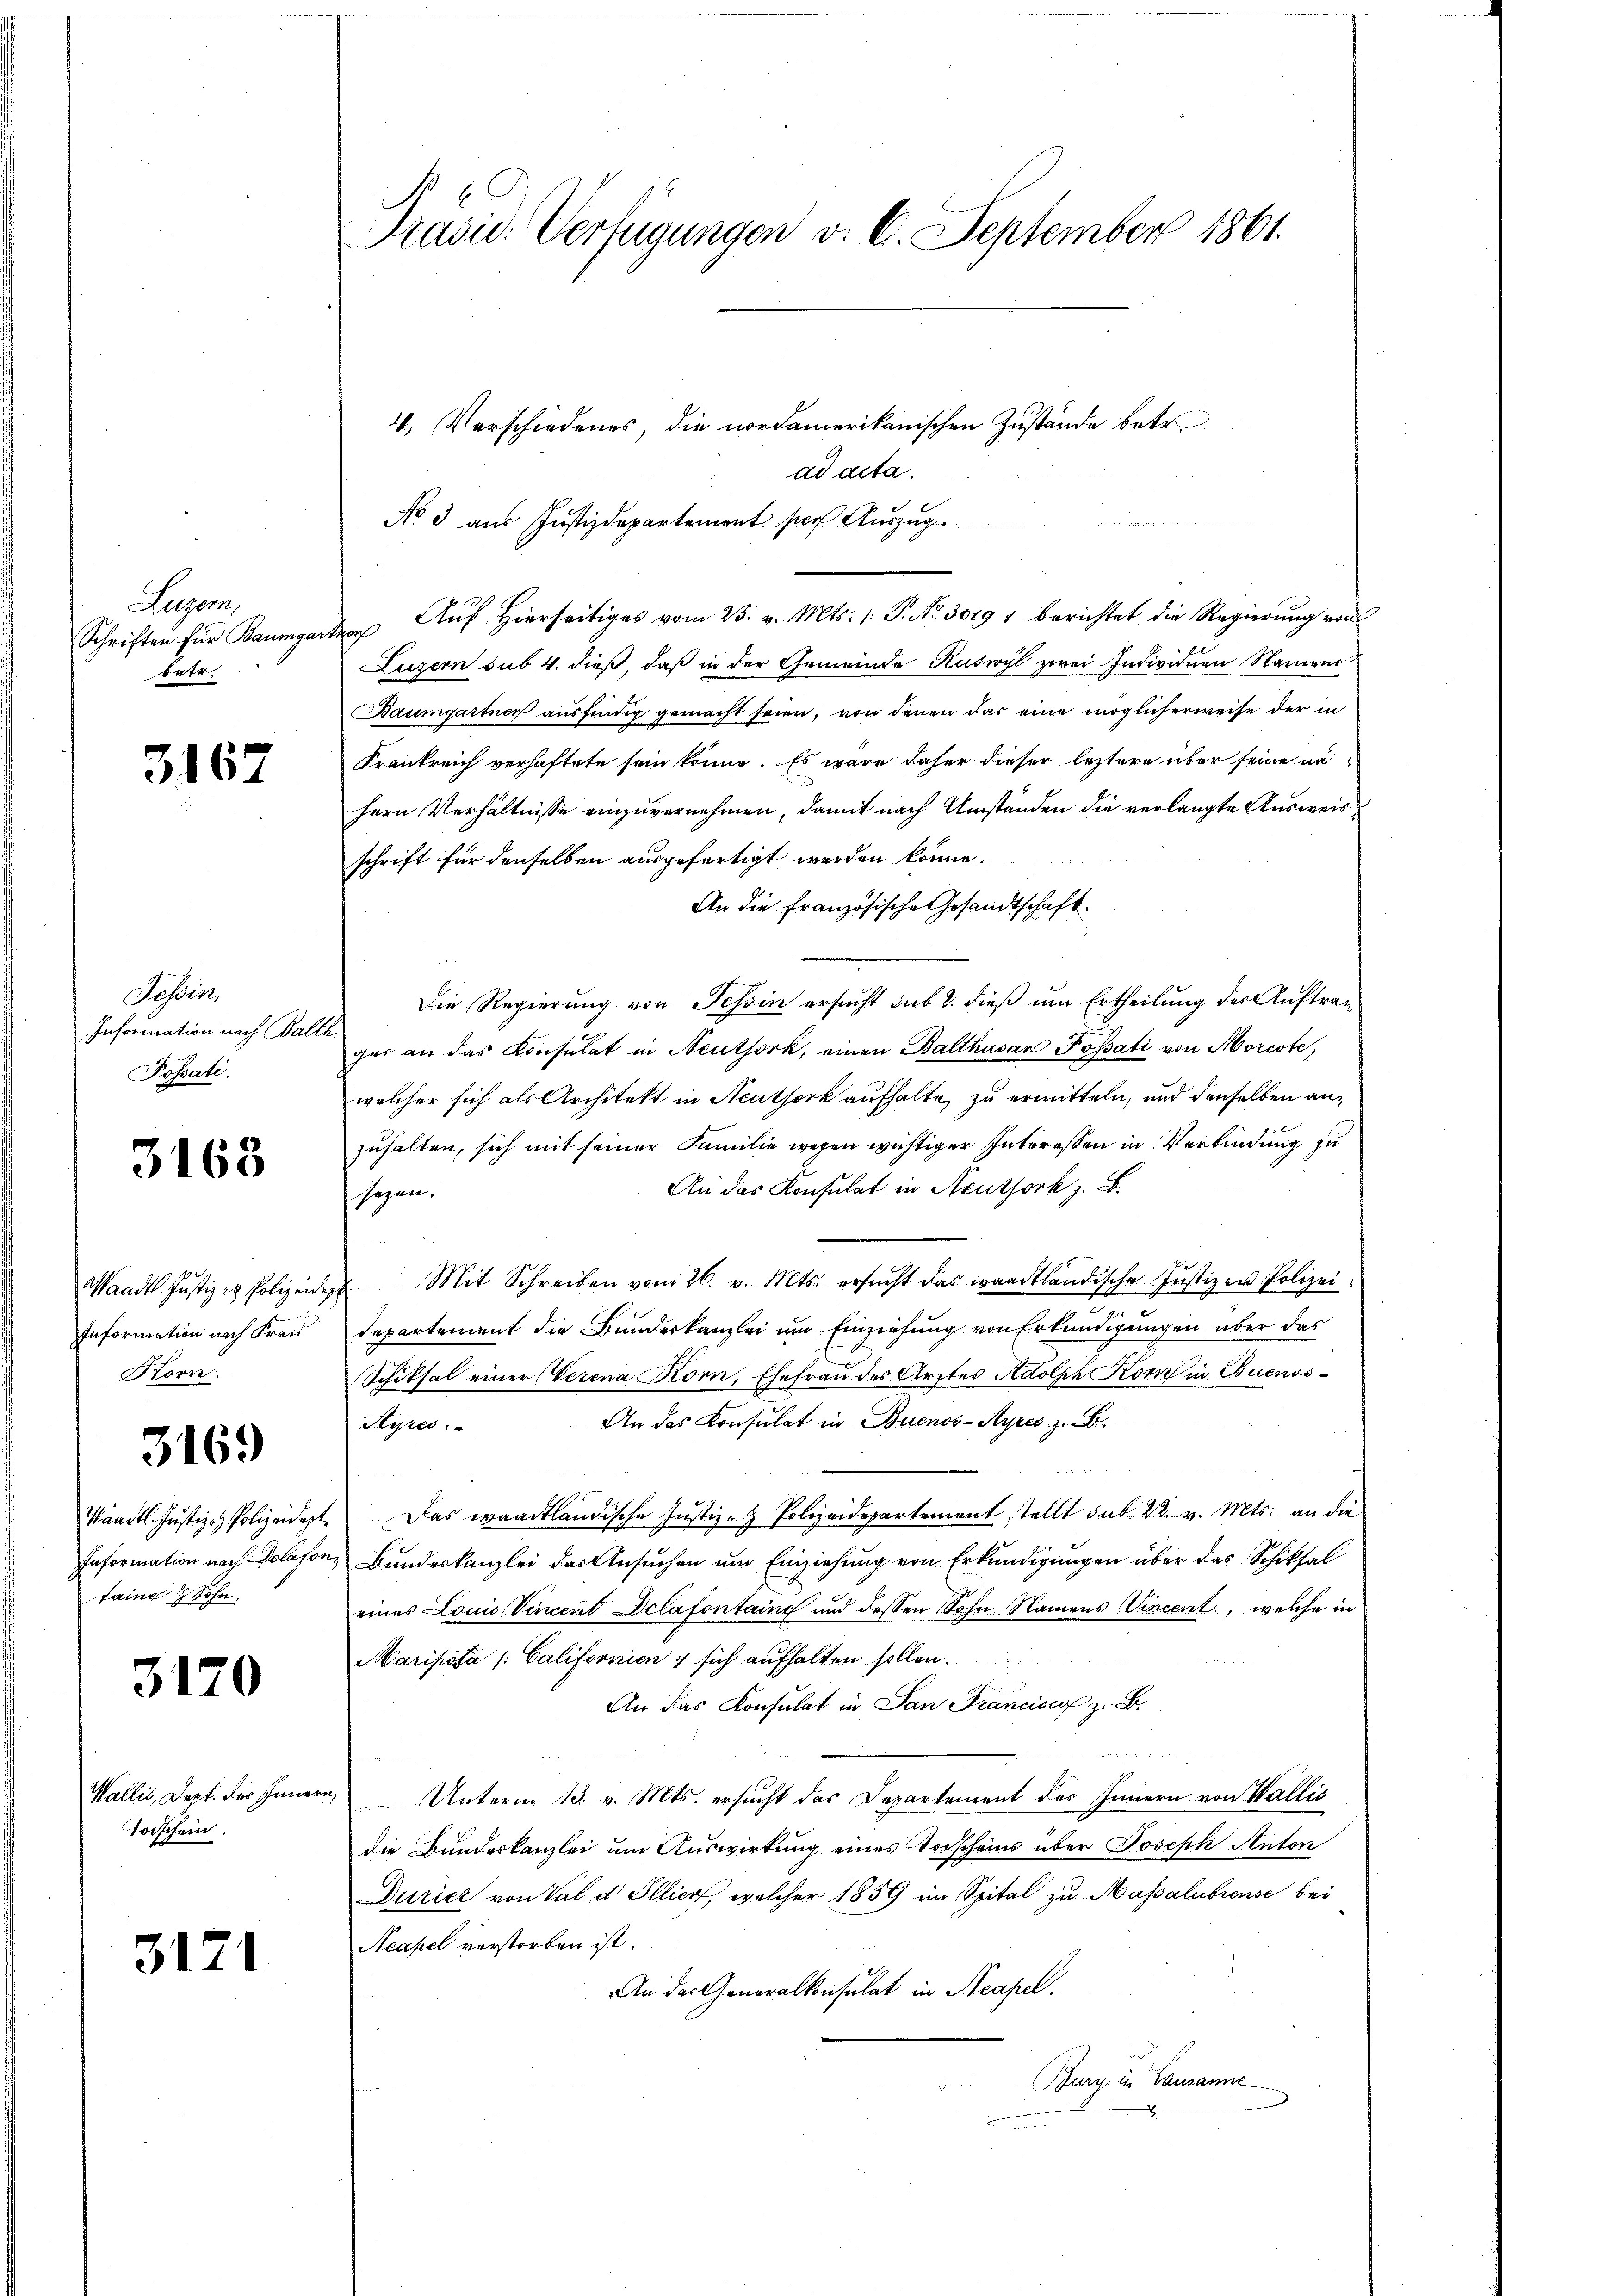
Leegem
Schriften für Baumge
betr.

3167

Tessin,
Information nach Balle
Possati.

3163

1
Korn.

3169

taine Sohn.

3120

Todschein

3171

Pravić-Verfügungen v. 6. September 1861.

4.) Verschiedenes, die nordamerikanischen Zustände betr.
ad acta
No 3 aus Justizdepartement por Auszug.
arten Aŭf Hierseitiges vom 25. v. Mts. 1. P. No 3019 1 berichtet die Regierŭng von
Luzern sub 4. dieß, daß in der Gemeinde Ruswyl zwei Individuen Namens
Baumgartner ausfindig gemacht seien, von denen das eine möglicherweise der in
Krankreich verhaftete sein könne. Es wäre daher dieser leztere über seine nä
hern Verhältnisse einzuvernehmen, damit nach Umständen die verlangte Ausweis
schrift für denselben ausgefertigt werden könne.
An die französische Gesandtschaft.
Die Regierung von Tessin ersucht sub 2. dieß um Ertheilung des Auftrag
ges an das Konsulat in Neuthork, einen Balthasar Possati von Morcote,
welcher sich als Architekt in Neuthork aufhalte, zu ermitteln, und denselben anzuhalten, sich mit seiner Familie wegen wichtiger Interessen in Verbindung zu
An das Konsulat in Neuthork z. B.
segen.
sche Justizen Polizei.
Waadt. Justiz & Polizeiden Mit Schreiben vom 26. v. Mts. ersŭcht das waadtländis
1
Information nach Frau Departement die Bundeskanzlei um Einziehung von Erkundigungen über das
Schiksal einer (Verena Korn, Ehefrau des Arztes Adolph Korn in Buenos¬
An das Konsulat in Buenos-Ayres z. B.
Styres
Waadt. Justiz- & Polizeidept. Das waadtländische Justiz- & Polizeidepartement stellt sub. 22. v. Mts. an die
Information nach Delafons Bundeskanzlei der Ansuchen um Einziehung von Erkundigungen über das Schiksal
eines Louis Vincent Delafontaine und dessen Sohn Namens Vincent, welche in
Maripota /: Californien sich aufhalten sollen.
An das Konsulat in San Francisco z. B.

Wallis, Dept. des Innern Unterm 13. v. Mts. ersucht das Departement des Innern von Wallis
die Bundeskanzlei um Auswirkung eines Torscheins über Joseph Anton
Durier von Val d. Illier, welcher 1859 im Spital zu Massalubreuse bei
Neapel verstorben ist.
An das Generalkonsulat in Neapel.
Burg in Lausanne